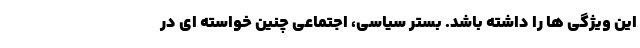
این ویژگی ها را داشته باشد. بستر سیاسی، اجتماعی چنین خواسته ای در